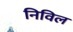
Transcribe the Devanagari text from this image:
निविल